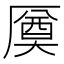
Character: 𠪝